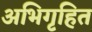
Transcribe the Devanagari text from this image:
अभिगृहित